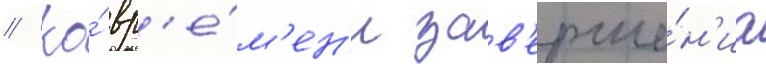
// Ко́ вр'е́м'ен'и зав'ерше́н'иа